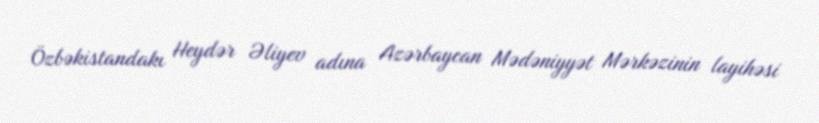
Özbəkistandakı Heydər Əliyev adına Azərbaycan Mədəniyyət Mərkəzinin layihəsi